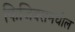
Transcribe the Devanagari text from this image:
फिजिक्समधील